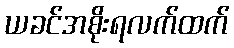
ယခင်အစိုးရလက်ထက်